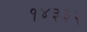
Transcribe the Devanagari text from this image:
१४३३२